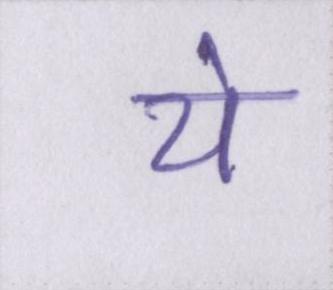
ये